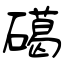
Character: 礍